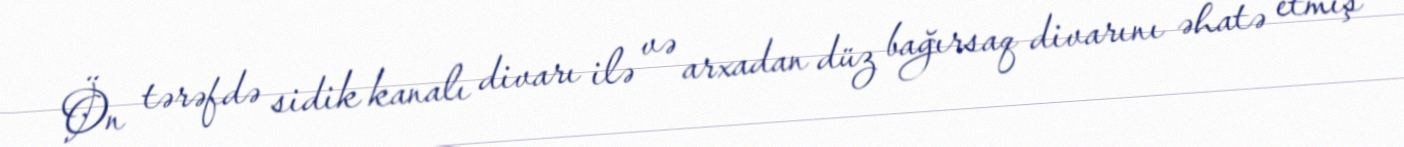
Ön tərəfdə sidik kanalı divarı ilə və arxadan düz bağırsaq divarını əhatə etmiş